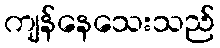
ကျန်နေသေးသည်